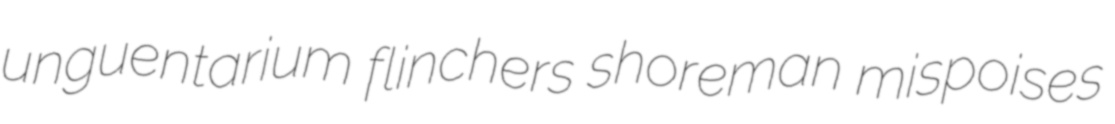
unguentarium flinchers shoreman mispoises